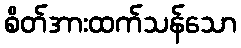
စိတ်အားထက်သန်သော